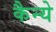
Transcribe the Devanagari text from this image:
कैन्ये